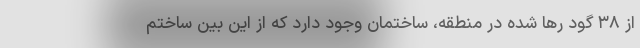
از ۳۸ گود رها شده در منطقه، ساختمان وجود دارد که از این بین ساختم